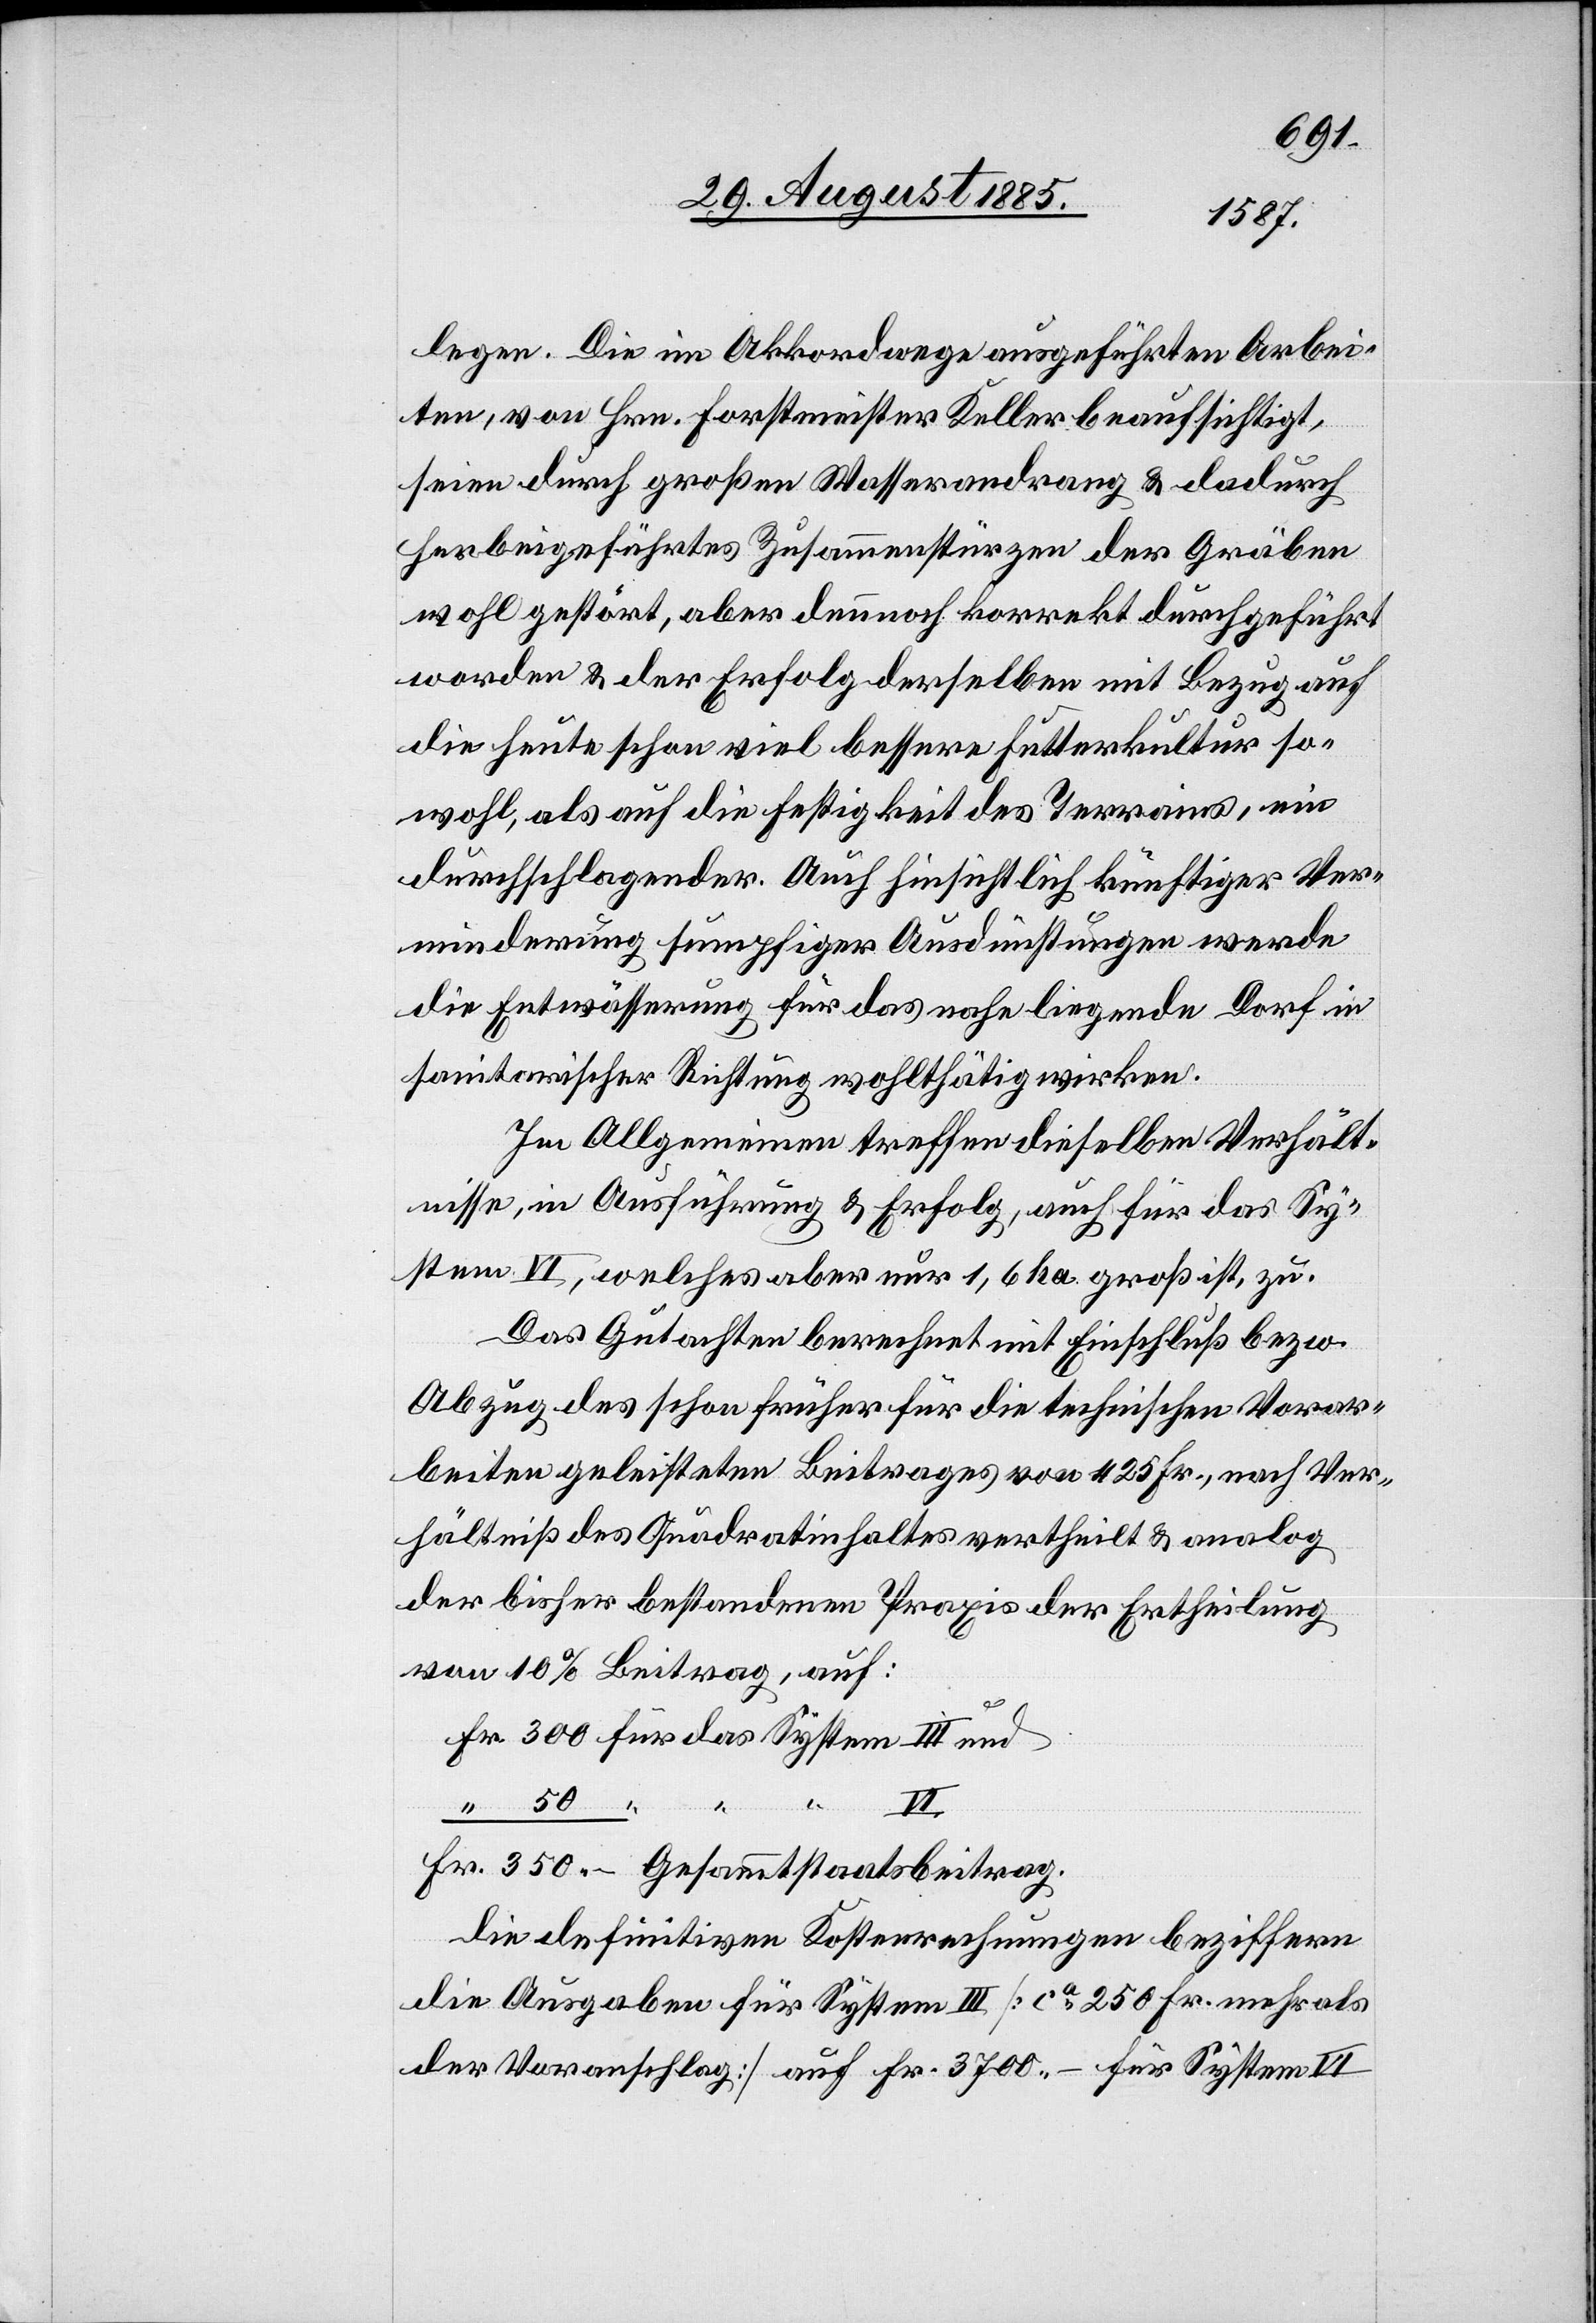
legen. Die im Akkordwege ausgeführten Arbei¬
ten, von Hrn. Forstmeister Keller beaufsichtigt,
seien durch großen Wasserandrang & dadurch
herbeigeführtes Zusammenstürzen der Gräben
wohl gestört, aber dennoch korrekt durchgeführt
worden & der Erfolg derselben mit Bezug auf
die heute schon viel bessere Futterkultur so¬
wohl, als auf die Festigkeit des Terrains, ein
durchschlagender. Auch hinsichtlich künftiger Ver¬
minderung sumpfiger Ausdünstungen werde
die Entwässerung für das nahe liegende Dorf in
sanitarischer Richtung wohlthätig wirken.
Im Allgemeinen treffen dieselben Verhält¬
nisse, in Ausführung & Erfolg, auch für das Sy¬
stem VI, welches aber nur 1,6 ha. groß ist, zu.
Das Gutachten berechnet mit Einschluß bezw.
Abzug des schon früher für die technischen Vorar¬
beiten geleisteten Beitrages von 425 Fr., nach Ver¬
hältniß des Quadratinhaltes vertheilt & analog
der bisher bestandenen Praxis der Ertheilung
von 10% Beitrag, auf:
Die definitiven Kostenrechnungen beziffern
die Ausgaben für System III [ca 250 Fr. mehr als
der Voranschlag] auf Fr. 3700– für System VI